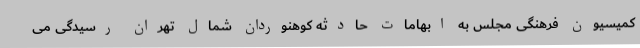
کمیسیون فرهنگی مجلس به ابهامات حادثه کوهنوردان شمال تهران رسیدگی می